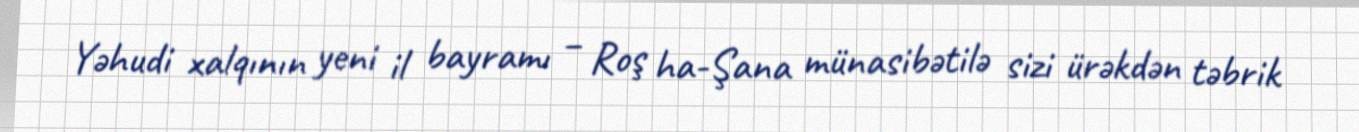
Yəhudi xalqının yeni il bayramı – Roş ha-Şana münasibətilə sizi ürəkdən təbrik